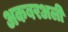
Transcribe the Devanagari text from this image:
अकबरअली